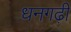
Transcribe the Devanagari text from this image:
धनगढ़ी